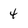
Character: 4